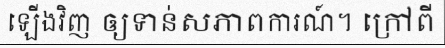
ឡើងវិញ ឲ្យទាន់សភាពការណ៍។ ក្រៅពី